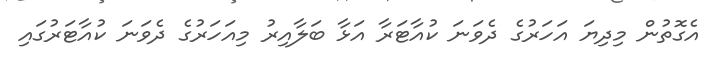
އެގޮތުން މިދިޔަ އަހަރުގެ ދެވަނަ ކުއާޓަރާ އަޅާ ބަލާއިރު މިއަހަރުގެ ދެވަނަ ކުއާޓަރުގައި